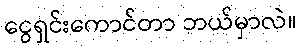
ငွေရှင်းကောင်တာ ဘယ်မှာလဲ။